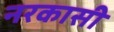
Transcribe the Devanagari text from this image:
नरकासी